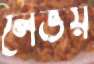
লেভয়